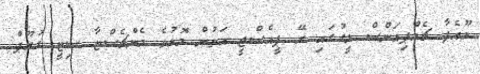
ޔޫއެފާ ޗެމްޕިއަންސް ލީގުގައި ރޭ ޕީއެސްޖީ އަތުން މޮޅުވެ މެންޗެސްޓާ ސިޓީ ގުރޫޕް